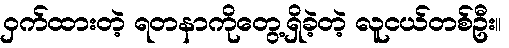
ဝှက်ထားတဲ့ ရတနာကိုတွေ့ရှိခဲ့တဲ့ လူငယ်တစ်ဦး။